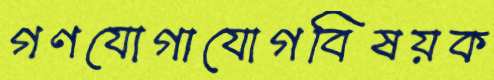
গণযোগাযোগবিষয়ক